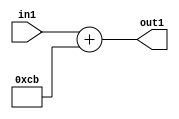
`timescale 1ps / 1ps
/*****************************************************************************
    Verilog RTL Description
    
    
    Created by: Stratus DpOpt 2019.1.01 
*******************************************************************************/

module DC_Filter_Add_12U_26_1 (
	in1,
	out1
	); /* architecture "behavioural" */ 
input [11:0] in1;
output [11:0] out1;
wire [11:0] asc001;

assign asc001 = 
	+(in1)
	+(12'B000011001011);

assign out1 = asc001;
endmodule

/* CADENCE  urnzSQk= : u9/ySgnWtBlWxVPRXgAZ4Og= ** DO NOT EDIT THIS LINE ******/